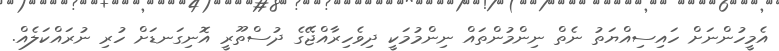
އެމީހުންނަށް ހައިސިއްޔަތު ނެތް ނިންމުންތައް ނިންމުމަކީ ދިވެހިރާއްޖޭގެ ދުސްތޫރީ އޮނިގަނޑަށް ހުރި ނުރައްކަލެއް.